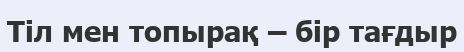
Тіл мен топырақ – бір тағдыр